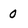
Character: 0